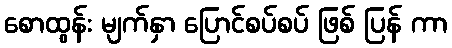
စောထွန်း မျက်နှာ ပြောင်စပ်စပ် ဖြစ် ပြန် ကာ